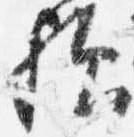
給